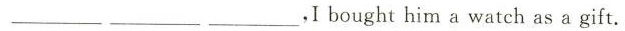
___ ___ ___ ，Ibought him a watch as a gift.